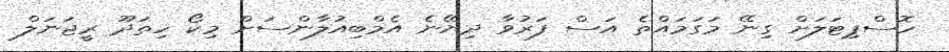
ހޮސްޕިޓަލަށް ގިނޭ މަގަމައްތެ އަސް ފަރުވާ ދިޔޭނެ އެމްބިއުލާންސަށް މިކޯ ހިތަދޫ ރީޖަނަލް